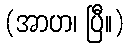
(အာဟ၊ ပြီ။)